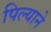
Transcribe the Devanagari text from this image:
पिल्याने